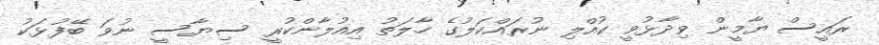
ރައީސް ޔާމީން ވިދާޅުވީ ކުއްލި ނުރައްކަލުގެ ހާލަތު އިއުލާންކުރީ ސިޔާސީ ނުވަ ބޭފުޅަކު